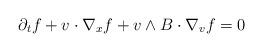
LaTeX: \begin{align*}\partial_t f+v\cdot \nabla_x f+ v\wedge B \cdot \nabla_v f=0\end{align*}